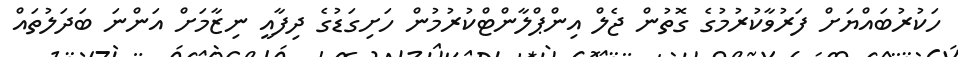
ހަކުރުބައްޔަށް ފަރުވާކުރުމުގެ ގޮތުން ޖެލް އިންޕްލާންޓްކުރުމުން ހަށިގަޑުގެ ދިފާއީ ނިޒާމަށް އަންނަ ބަދަލުތައް